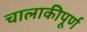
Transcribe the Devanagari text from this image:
चालाकीपूर्ण